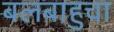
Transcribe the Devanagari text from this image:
बलबाहुचा